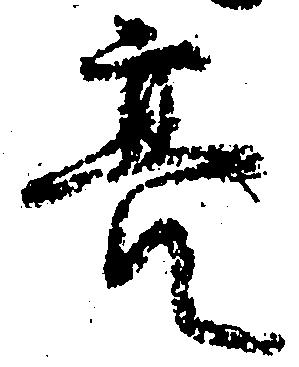
亮